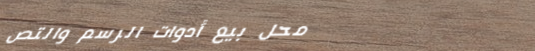
محل بيع أدوات الرسم والتص